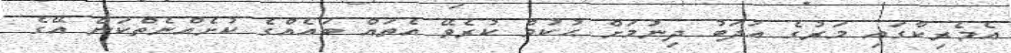
އެމެރިކާގައި މަރުގެ އަދަބު ދިނުމަށް ޙުކުމް ކުރެވޭ އެތައް ބައެއްގެ ކުށެއްނެތްކަން އޭގެ